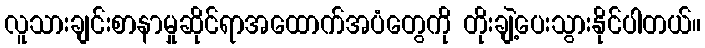
လူသားချင်းစာနာမှုဆိုင်ရာအထောက်အပံတွေကို တိုးချဲ့ပေးသွားနိုင်ပါတယ်။